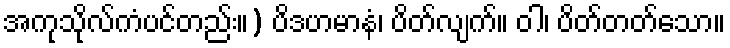
အကုသိုလ်ကံပင်တည်း။) ပိဒဟမာနံ၊ ပိတ်လျက်။ ဝါ၊ ပိတ်တတ်သော။